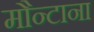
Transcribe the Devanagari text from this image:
मौन्टाना